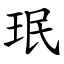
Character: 珉